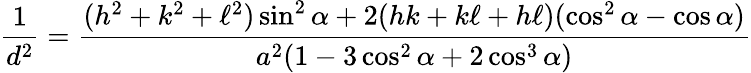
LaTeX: {\frac{1}{d^{2}}}={\frac{(h^{2}+k^{2}+\ell^{2})\sin^{2}\alpha+2(hk+k\ell+h\ell)(\cos^{2}\alpha-\cos\alpha)}{a^{2}(1-3\cos^{2}\alpha+2\cos^{3}\alpha)}}